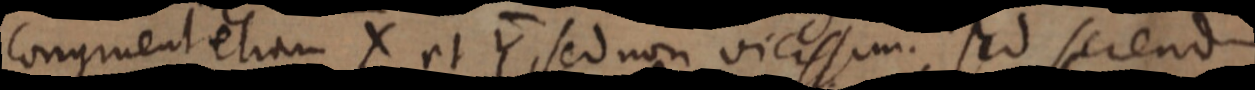
Congruent etiam X et Y, sed non vicissim. sed serend